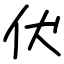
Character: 伏